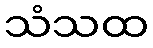
သံသထ